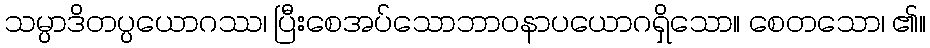
သမ္ပာဒိတပ္ပယောဂဿ၊ ပြီးစေအပ်သောဘာဝနာပယောဂရှိသော။ စေတသော၊ ၏။